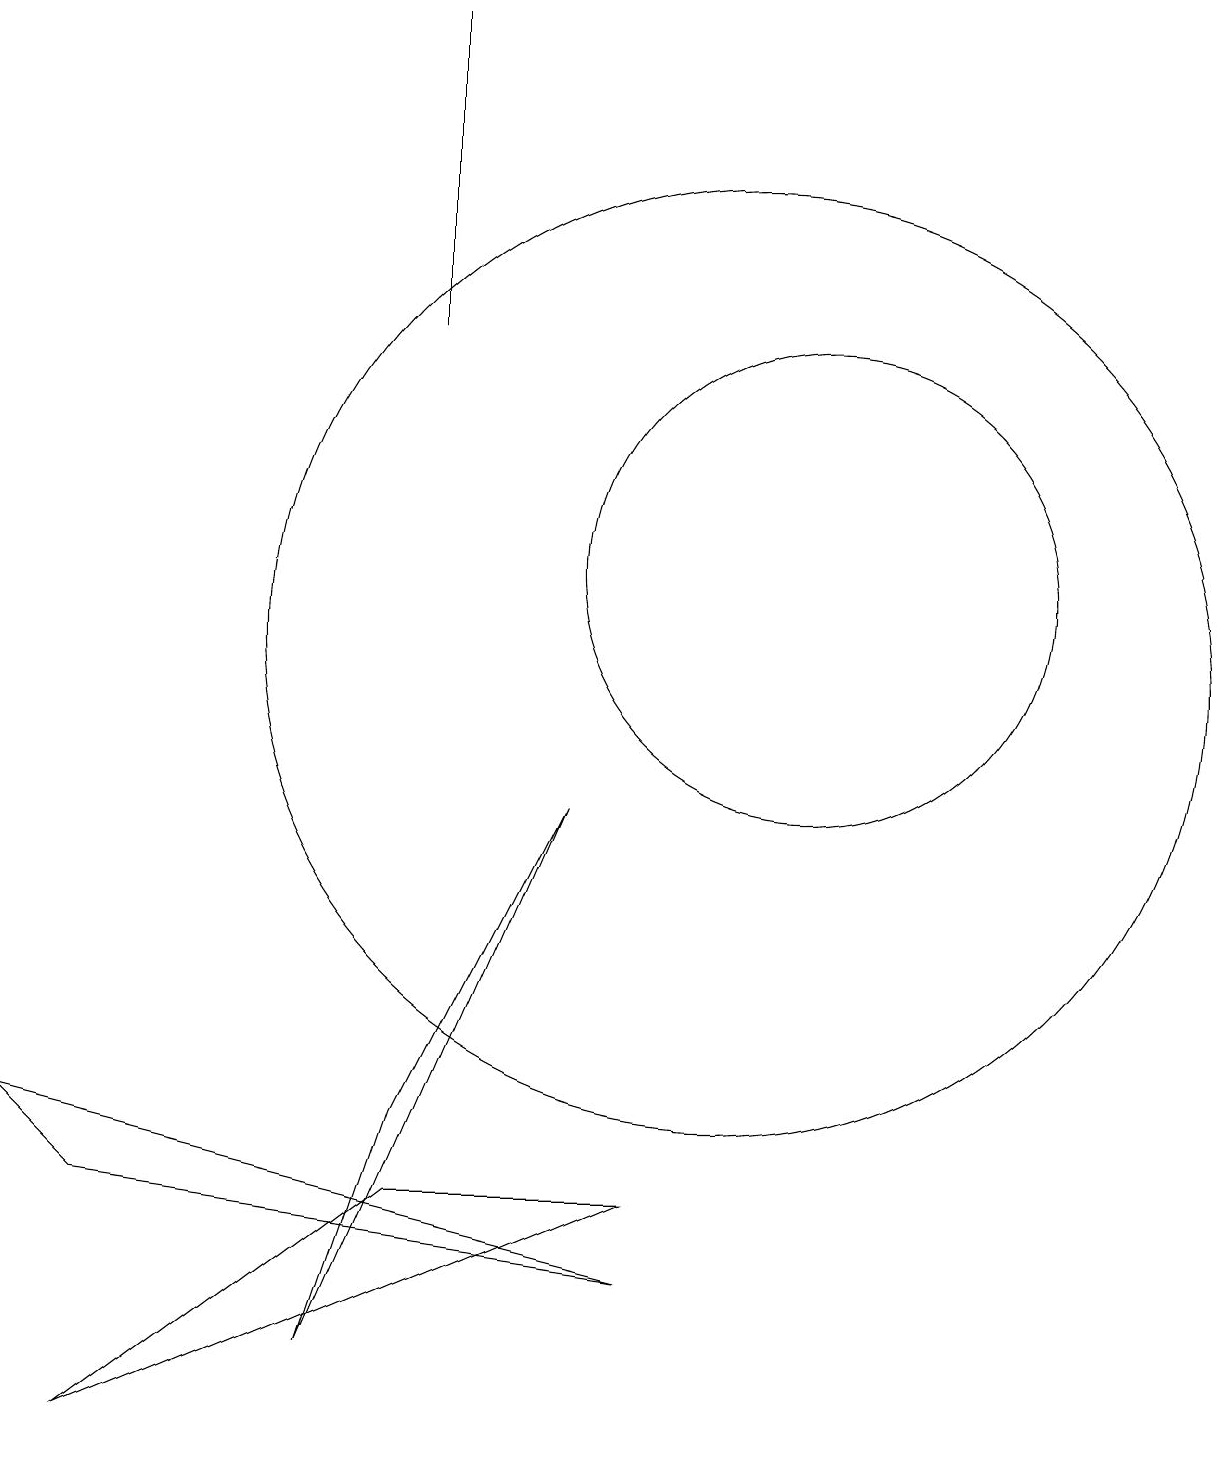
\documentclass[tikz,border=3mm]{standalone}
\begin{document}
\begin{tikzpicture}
\draw (9,3) -- (2,0) -- (6,3) -- cycle;
\draw (6,14) rectangle (6,18);
\draw (5,1) -- (6,4) -- (8,8) -- cycle;
\draw (11,11) circle (3);
\draw (10,10) circle (6);
\draw (1,4) -- (9,2) -- (2,3) -- cycle;
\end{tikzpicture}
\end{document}